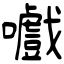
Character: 嚱